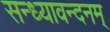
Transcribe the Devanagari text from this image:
सन्ध्यावन्दनम्